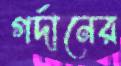
গর্দানের